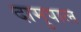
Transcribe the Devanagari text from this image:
दामुपाल